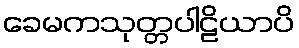
ခေမကသုတ္တပါဠိယာပိ